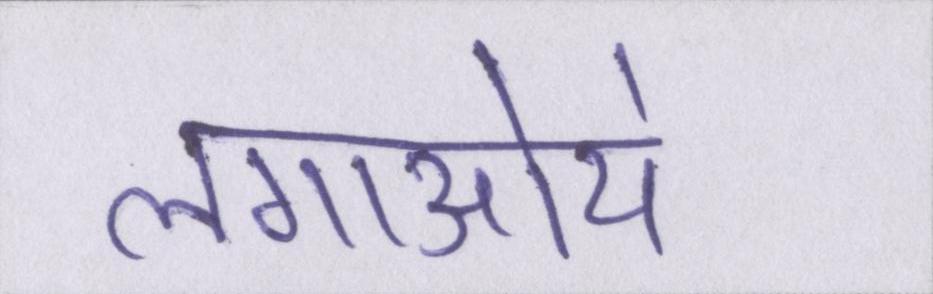
लगाऒये